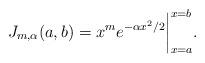
LaTeX: \begin{align*} J_{m, \alpha}(a, b) = x^me^{-\alpha x^2/2}\bigg|_{x = a}^{x = b}.\end{align*}